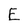
Character: E